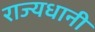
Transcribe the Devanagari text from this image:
राज्यधानी